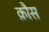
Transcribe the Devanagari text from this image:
क़ौस